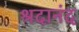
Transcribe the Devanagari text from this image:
श्रदानंद